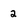
Character: 2